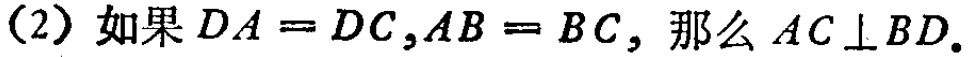
（2）如果 \(DA = DC,AB = BC\)，那么 \(AC\perp BD\)。